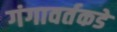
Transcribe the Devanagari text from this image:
गंगावर्तकडे